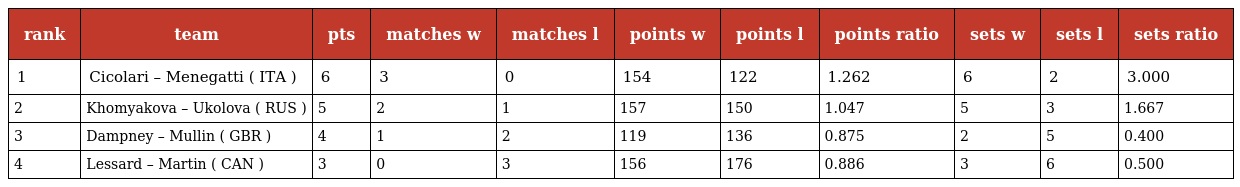
| rank | team | pts | matches w | matches l | points w | points l | points ratio | sets w | sets l | sets ratio |
 | --- | --- | --- | --- | --- | --- | --- | --- | --- | --- | --- |
 | 1 | Cicolari – Menegatti ( ITA ) | 6 | 3 | 0 | 154 | 122 | 1.262 | 6 | 2 | 3.000 |
 | 2 | Khomyakova – Ukolova ( RUS ) | 5 | 2 | 1 | 157 | 150 | 1.047 | 5 | 3 | 1.667 |
 | 3 | Dampney – Mullin ( GBR ) | 4 | 1 | 2 | 119 | 136 | 0.875 | 2 | 5 | 0.400 |
 | 4 | Lessard – Martin ( CAN ) | 3 | 0 | 3 | 156 | 176 | 0.886 | 3 | 6 | 0.500 |